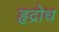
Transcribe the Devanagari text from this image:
हृद्रोध